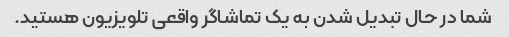
شما در حال تبدیل شدن به یک تماشاگر واقعی تلویزیون هستید.